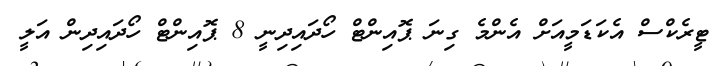
ޓީރެކްސް އެކަޑަމީއަށް އެންމެ ގިނަ ޕޮއިންޓް ހޯދައިދިނީ 8 ޕޮއިންޓް ހޯދައިދިން އަލީ